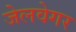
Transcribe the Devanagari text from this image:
जेलवेगर